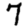
Digit: 7